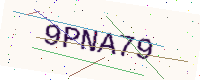
Text: 9PNA79